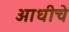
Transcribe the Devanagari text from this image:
अाधीचे